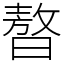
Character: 𣊁